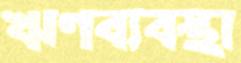
ঋণব্যবস্থা